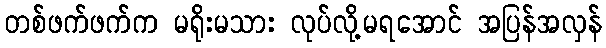
တစ်ဖက်ဖက်က မရိုးမသား လုပ်လို့မရအောင် အပြန်အလှန်